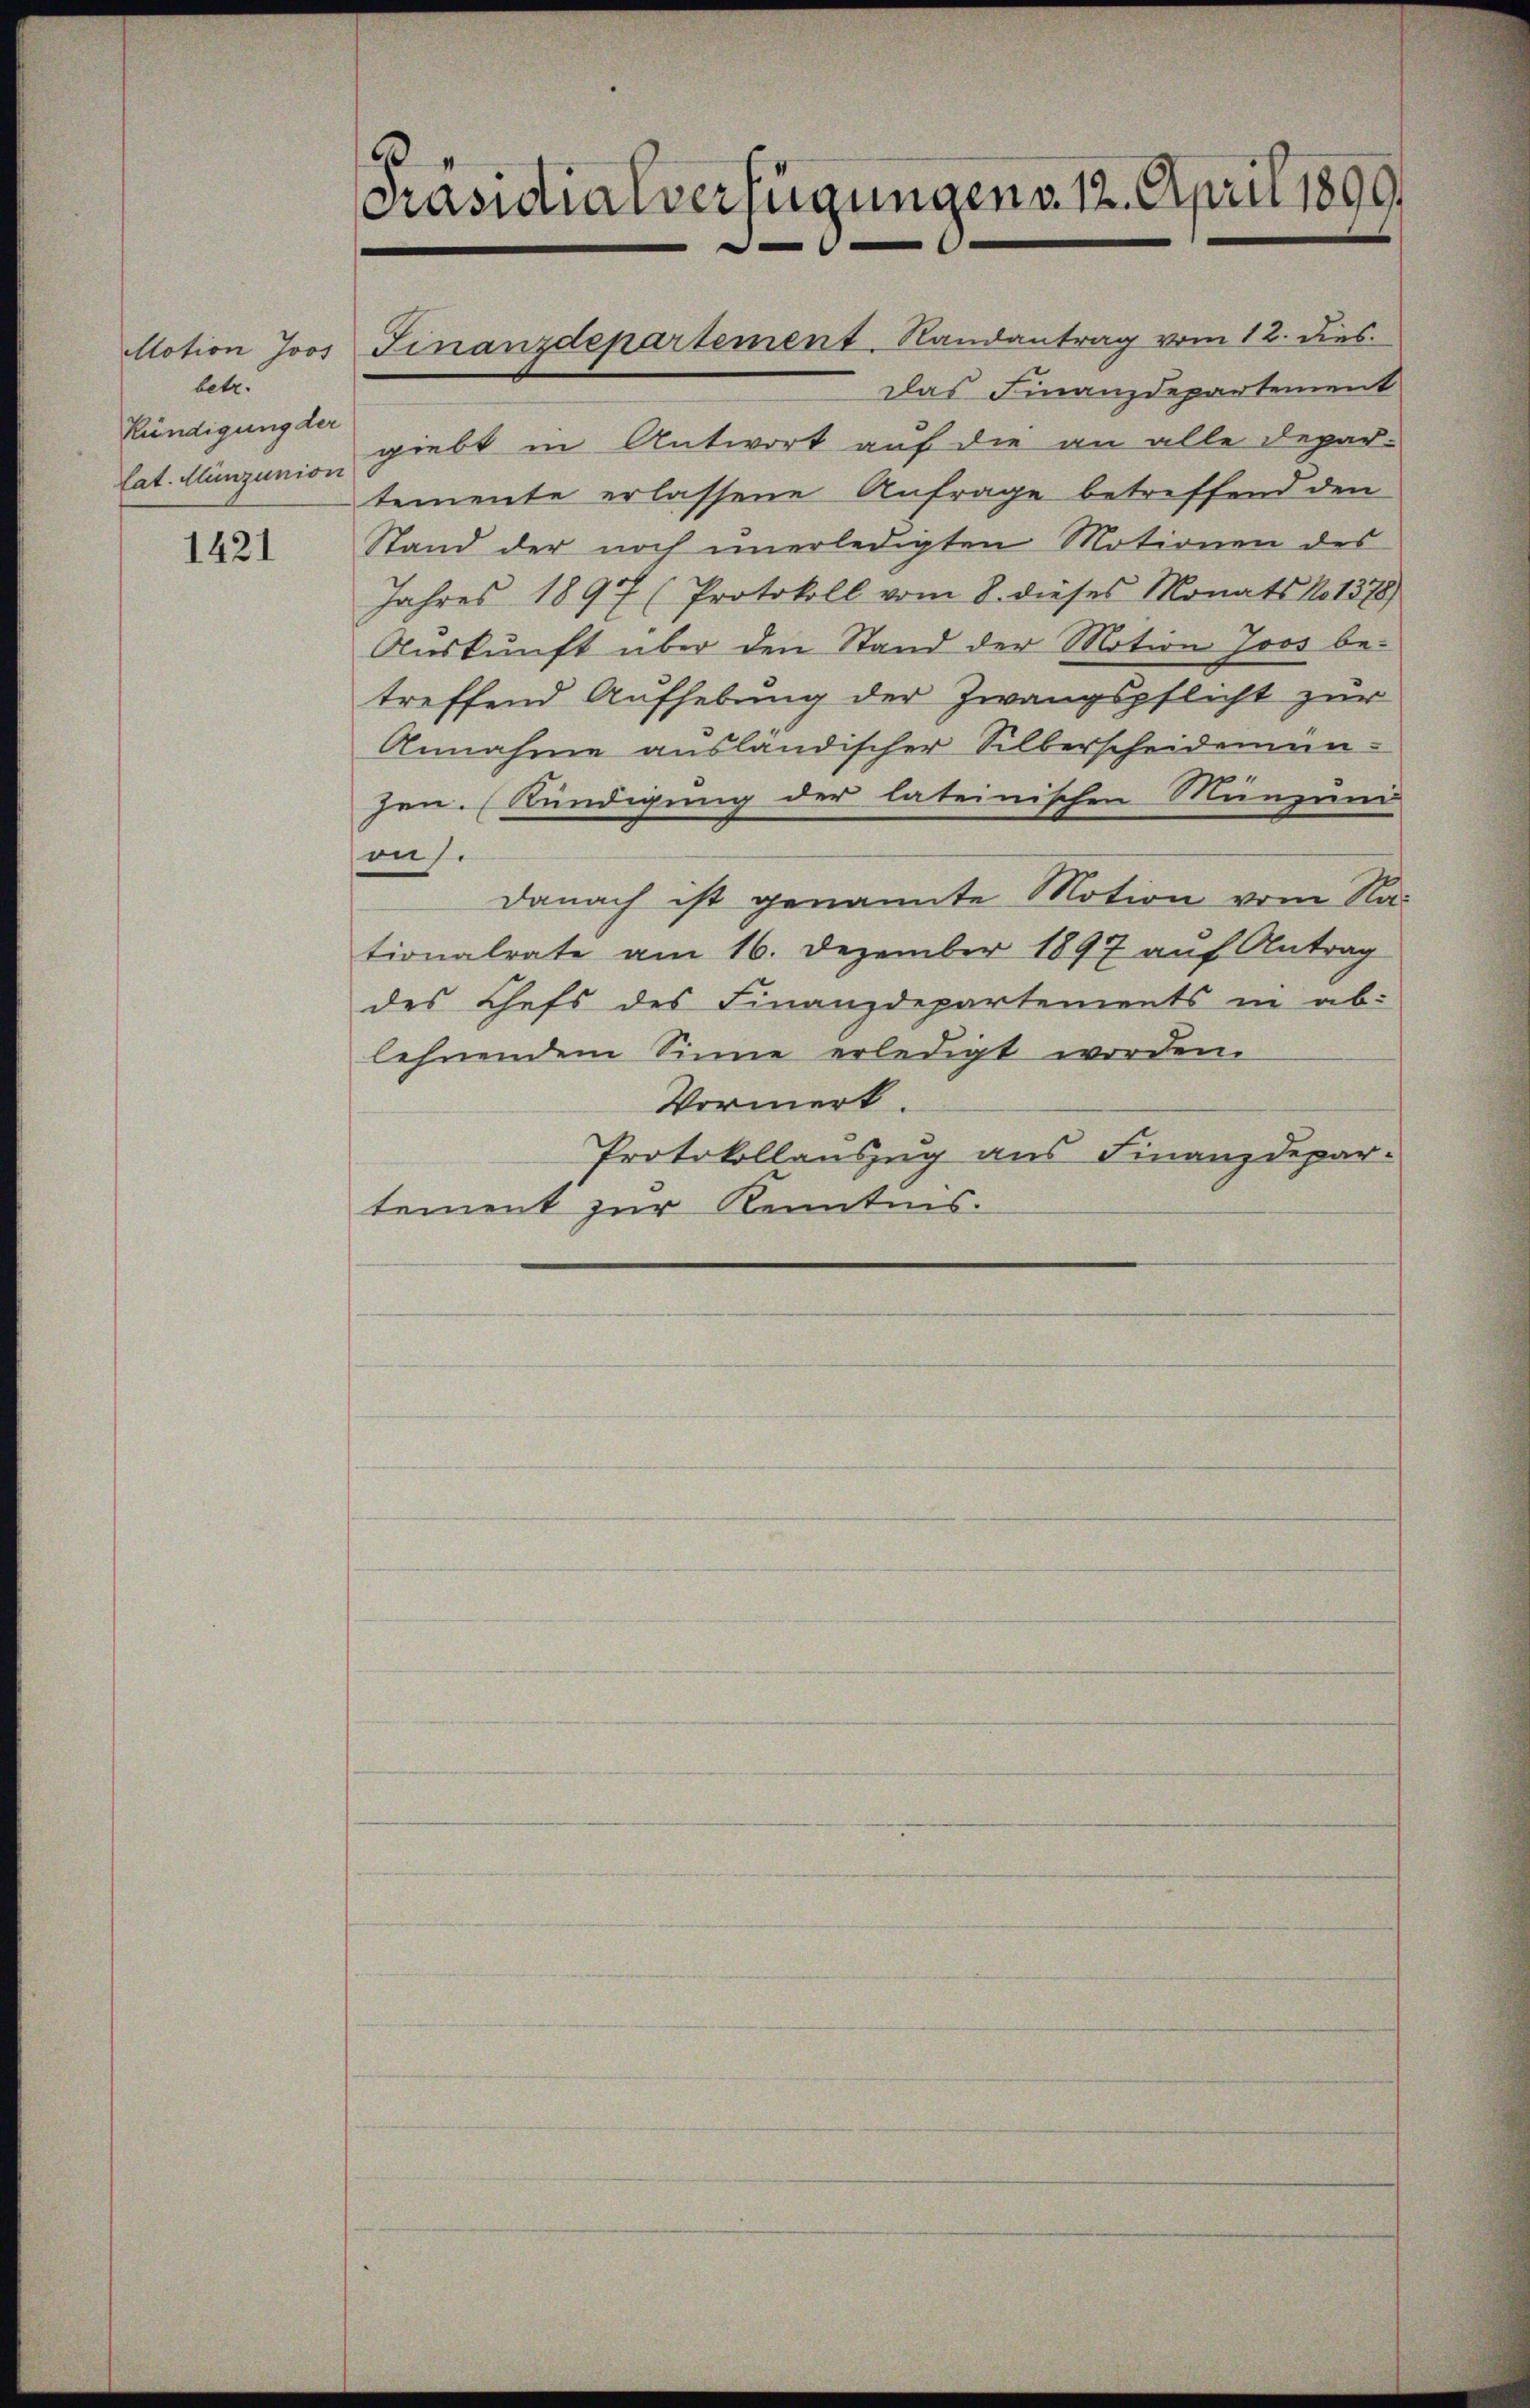
betr.
Kündigung der
lat. Münzunion

1421

Präsidialverfügungen d. 12. April 1890

Das Finanzdepartement
giebt in Antwort auf die an alle Depar-
temente erlassene Anfrage betreffend den
Stand der noch unerledigten Motionen des
Jahres 1897 (Protokoll vom 8. dieses Monats No 1378)
Auskunft über den Stand der Motion Joos be-
treffend Aufhebung der Zwangspflicht zur
Annahme ausländischer Silberscheidemün-
zen. (Kündigung der lateinischen Münzun
aus.
Danach ist genannte Motion vom Ra-
tionalrate am 16. Dezember 1897 auf Antrag
des Chefs des Finanzdepartements in ab-
lehnendem Sinne erledigt worden.
Vormerk.
Protokollauszug aus Finanzdepartement zur Kenntnis.

Motion Joos Finanzdepartement. Randantrag vom 12. dies.